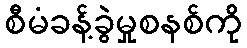
စီမံခန့်ခွဲမှုစနစ်ကို